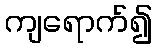
ကျရောက်၍